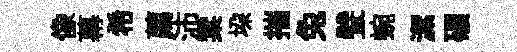
像幕希薦沛棠垜摧兔甓蜿潔碾